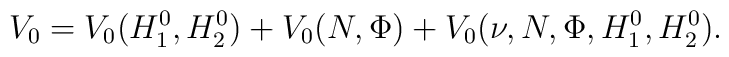
V_0  =  V_0(H^{0}_{1},H^{0}_{2})  +  V_0(N,\Phi)  +V_0(\nu,N,\Phi,H^{0}_{1},H^{0}_{2}).